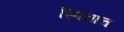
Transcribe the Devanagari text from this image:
स्पिनाच